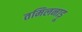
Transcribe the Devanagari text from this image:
तमिलनाड़ू